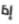
إذا